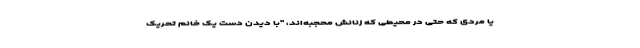
یا مردی که حتی در محیطی که زنانش محجبه‌اند، "با دیدن دست یک خانم تحریک